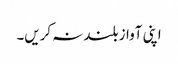
اپنی آواز بلند نہ کریں۔